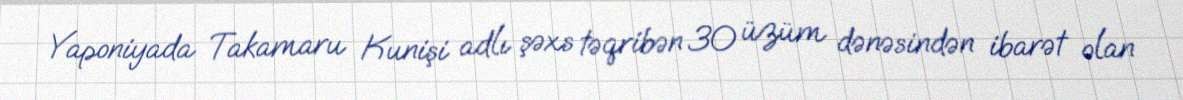
Yaponiyada Takamaru Kunişi adlı şəxs təqribən 30 üzüm dənəsindən ibarət olan